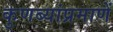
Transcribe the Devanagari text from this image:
कुणब्यांप्रमाणें